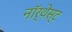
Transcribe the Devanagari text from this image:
नॉर्थेस्ट